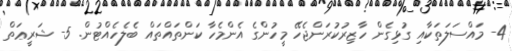
4- މައްސަލަތަކާއި ގުޅިގެން ހާޒިރުކުރަންޖެހޭ މީހުންގެ އެންމެހާ ކަންތައްތައް ބެލެހެއްޓުން. 5- ޝަރީޢަތް